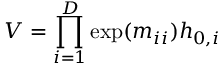
V = \prod _ { i = 1 } ^ { D } \exp ( m _ { i i } ) h _ { 0 , i }